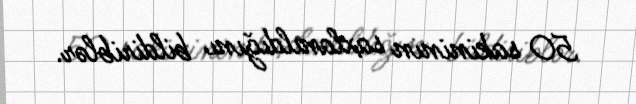
50 sakininin saxlanıldığını bildiriblər.